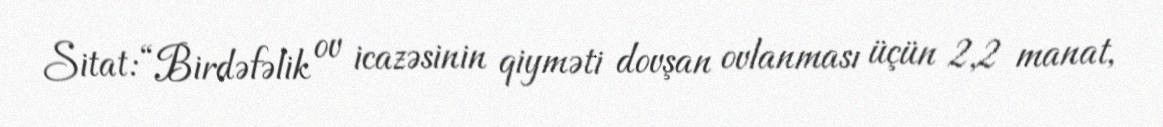
Sitat: “Birdəfəlik ov icazəsinin qiyməti dovşan ovlanması üçün 2,2 manat,